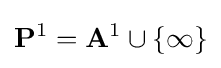
\mathbf {P} ^{1}=\mathbf {A} ^{1}\cup \{\infty \}